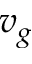
v _ { g }